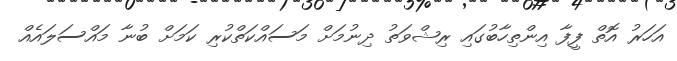
އަހަރު އޮތް ފީފާ އިންތިހާބުގައި ރިޝްވަތު ދިނުމަށް މަސައްކަތްކުރި ކަމަށް ބުނާ މައްސަލައެއް